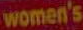
women's